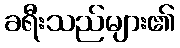
ခရီးသည်များ၏